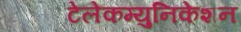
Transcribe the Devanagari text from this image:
टेलेकम्युनिकेशन